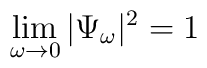
\lim_{\omega \to 0}|\Psi_\omega|^2 = 1